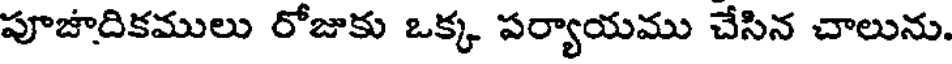
పూజాదికములు రోజుకు ఒక్క పర్యాయము చేసిన చాలును.